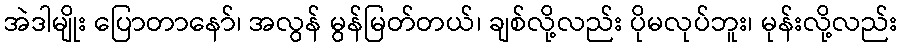
အဲဒါမျိုး ပြောတာနော်၊ အလွန် မွန်မြတ်တယ်၊ ချစ်လို့လည်း ပိုမလုပ်ဘူး၊ မုန်းလို့လည်း